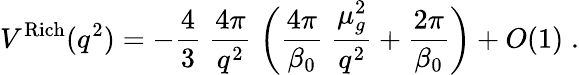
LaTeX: V^{\mathrm{Rich}}(q^{2})=-\frac{4}{3}\; \frac{4\pi}{q^{2}}\; \biggl(\frac{4\pi}{\beta_{0}}\; \frac{\mu_{g}^{2}}{q^{2}}+\frac{2\pi}{\beta_{0}}\biggr)+O(1)\; .